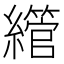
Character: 䌣